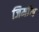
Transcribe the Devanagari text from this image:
जिमाॅन